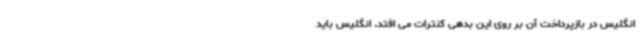
انگلیس در بازپرداخت آن بر روی این بدهی کنترات می افتد. انگلیس باید